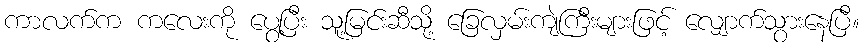
ကာလက်က ကလေးကို ပွေ့ပြီး သူ့မြင်းဆီသို့ ခြေလှမ်းကျဲကြီးများဖြင့် လျှောက်သွားနေပြီ။